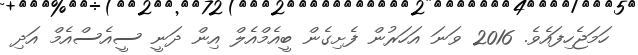
ހަމަޖެހިފައެވެ. 2016 ވަނަ އަހަރުން ފެށިގެން ބީއެމްއެލް އިން ދަނީ ސީއެސްއެމް އަދި